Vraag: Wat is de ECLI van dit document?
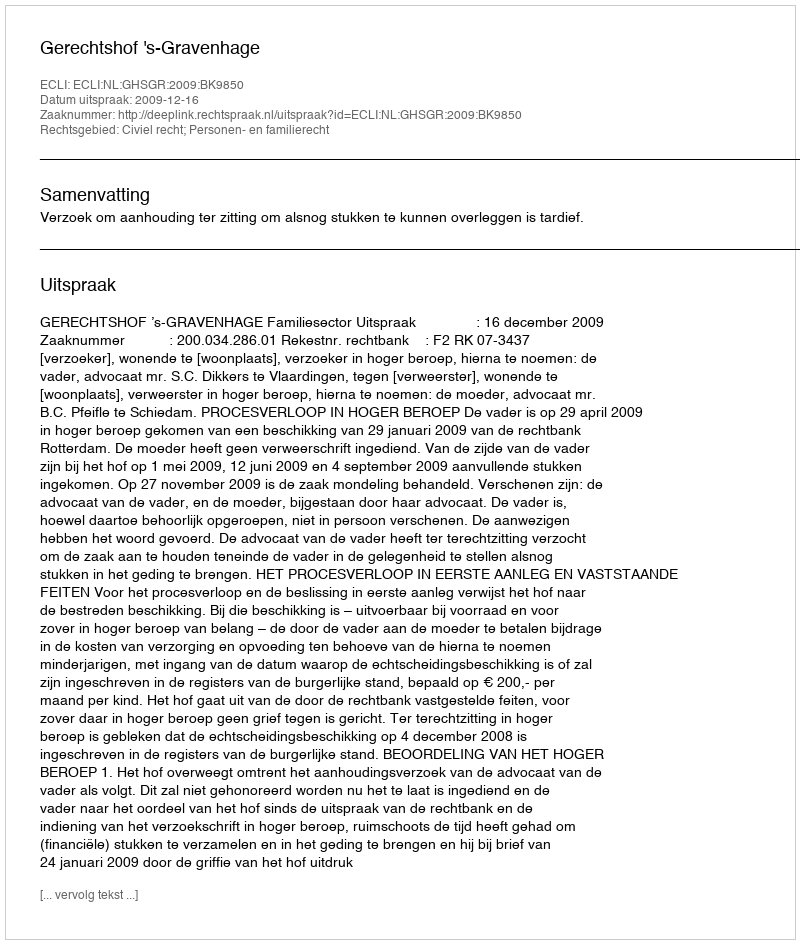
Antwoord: ECLI:NL:GHSGR:2009:BK9850